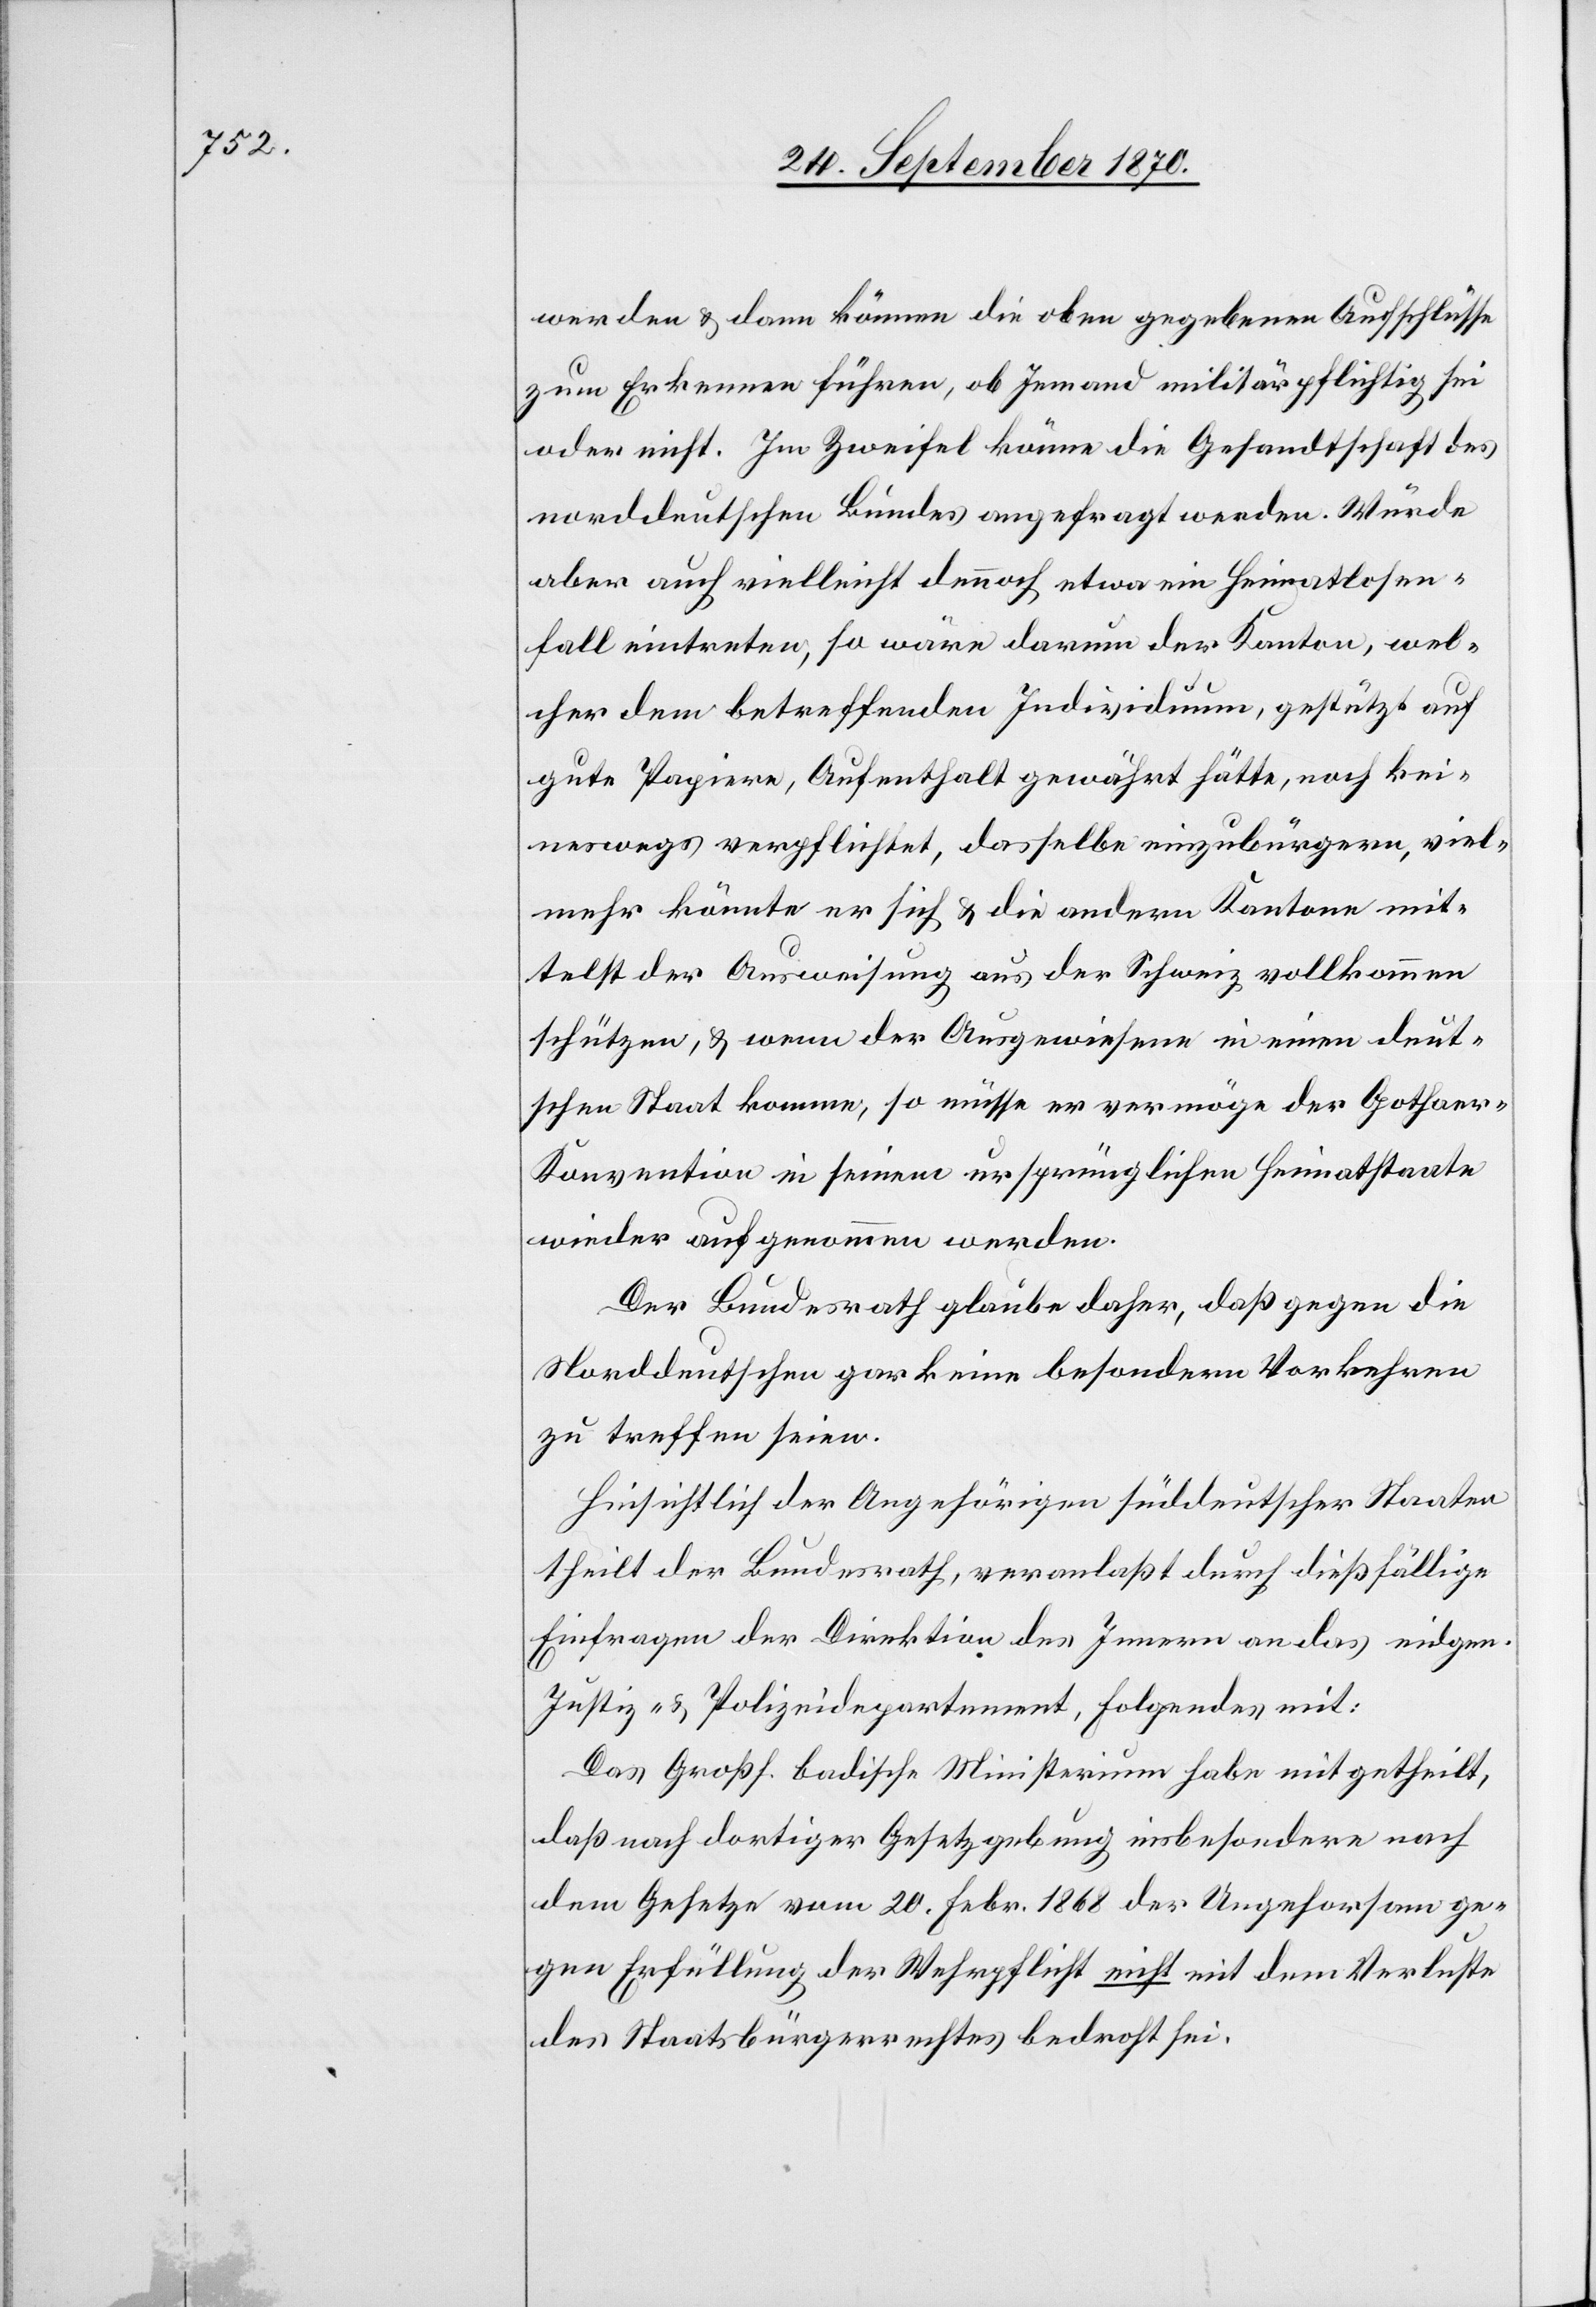
werden & dann können die oben gegebenen Aufschlüss
zum Erkennen führen, ob Jemand militärpflichtig sei
oder nicht. Im Zweifel könne die Gesandtschaft des
norddeutschen Bundes angefragt werden. Würde
aber auch vielleicht dennoch etwa ein Heimatlosen¬
fall eintreten, so wäre darum der Kanton, wel¬
cher dem betreffenden Individuum, gestützt auf
gute Papiere, Aufenthalt gewährt hätte, noch kei¬
neswegs verpflichtet, dasselbe einzubürgern, viel¬
mehr könnte er sich & die andern Kantone mit¬
telst der Ausweisung aus der Schweiz vollkommen
schützen, & wenn der Ausgewiesene in einen deut¬
schen Staat komme, so müsse er vermöge der Gothae¬
r-Konvention in seinen ursprünglichen Heimathstaate
wieder aufgenommen werden.
Der Bundesrath glaube daher, daß gegen die
Norddeutschen gar keine besondern Vorkehren
zu treffen seien.
Hinsichtlich der Angehörigen süddeutscher Staaten
theilt der Bundesrath veranlaßt durch dießfällige
Einfragen der Direktion des Innern an das eidgen.
Justiz- & Polizeidepartement, Folgendes mit:
Das Großh. Badische Ministerium habe mitgetheilt,
daß nach dortiger Gesetzgebung insbesondere nach
dem Gesetze vom 20. Febr. 1868 der Ungehorsam ge¬
gen Erfüllung der Wehrpflicht nicht mit dem Verluste
des Staatsbürgerrechts bedroht sei.